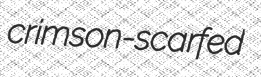
crimson-scarfed